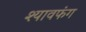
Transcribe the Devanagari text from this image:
श्यावफंग